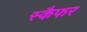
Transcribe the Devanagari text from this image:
स्कैफर